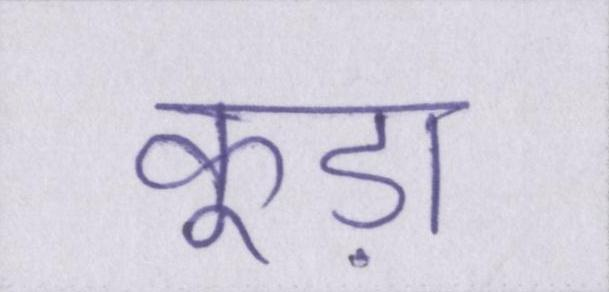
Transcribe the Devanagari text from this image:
कूड़ा